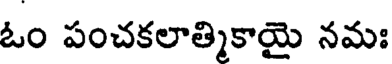
ఓం పంచకలాత్మికాయై నమః